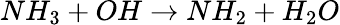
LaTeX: NH_{3}+OH\rightarrow NH_{2}+H_{2}O